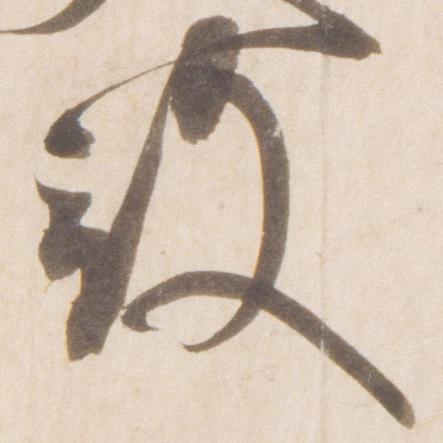
殿